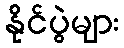
နိုင်ပွဲများ